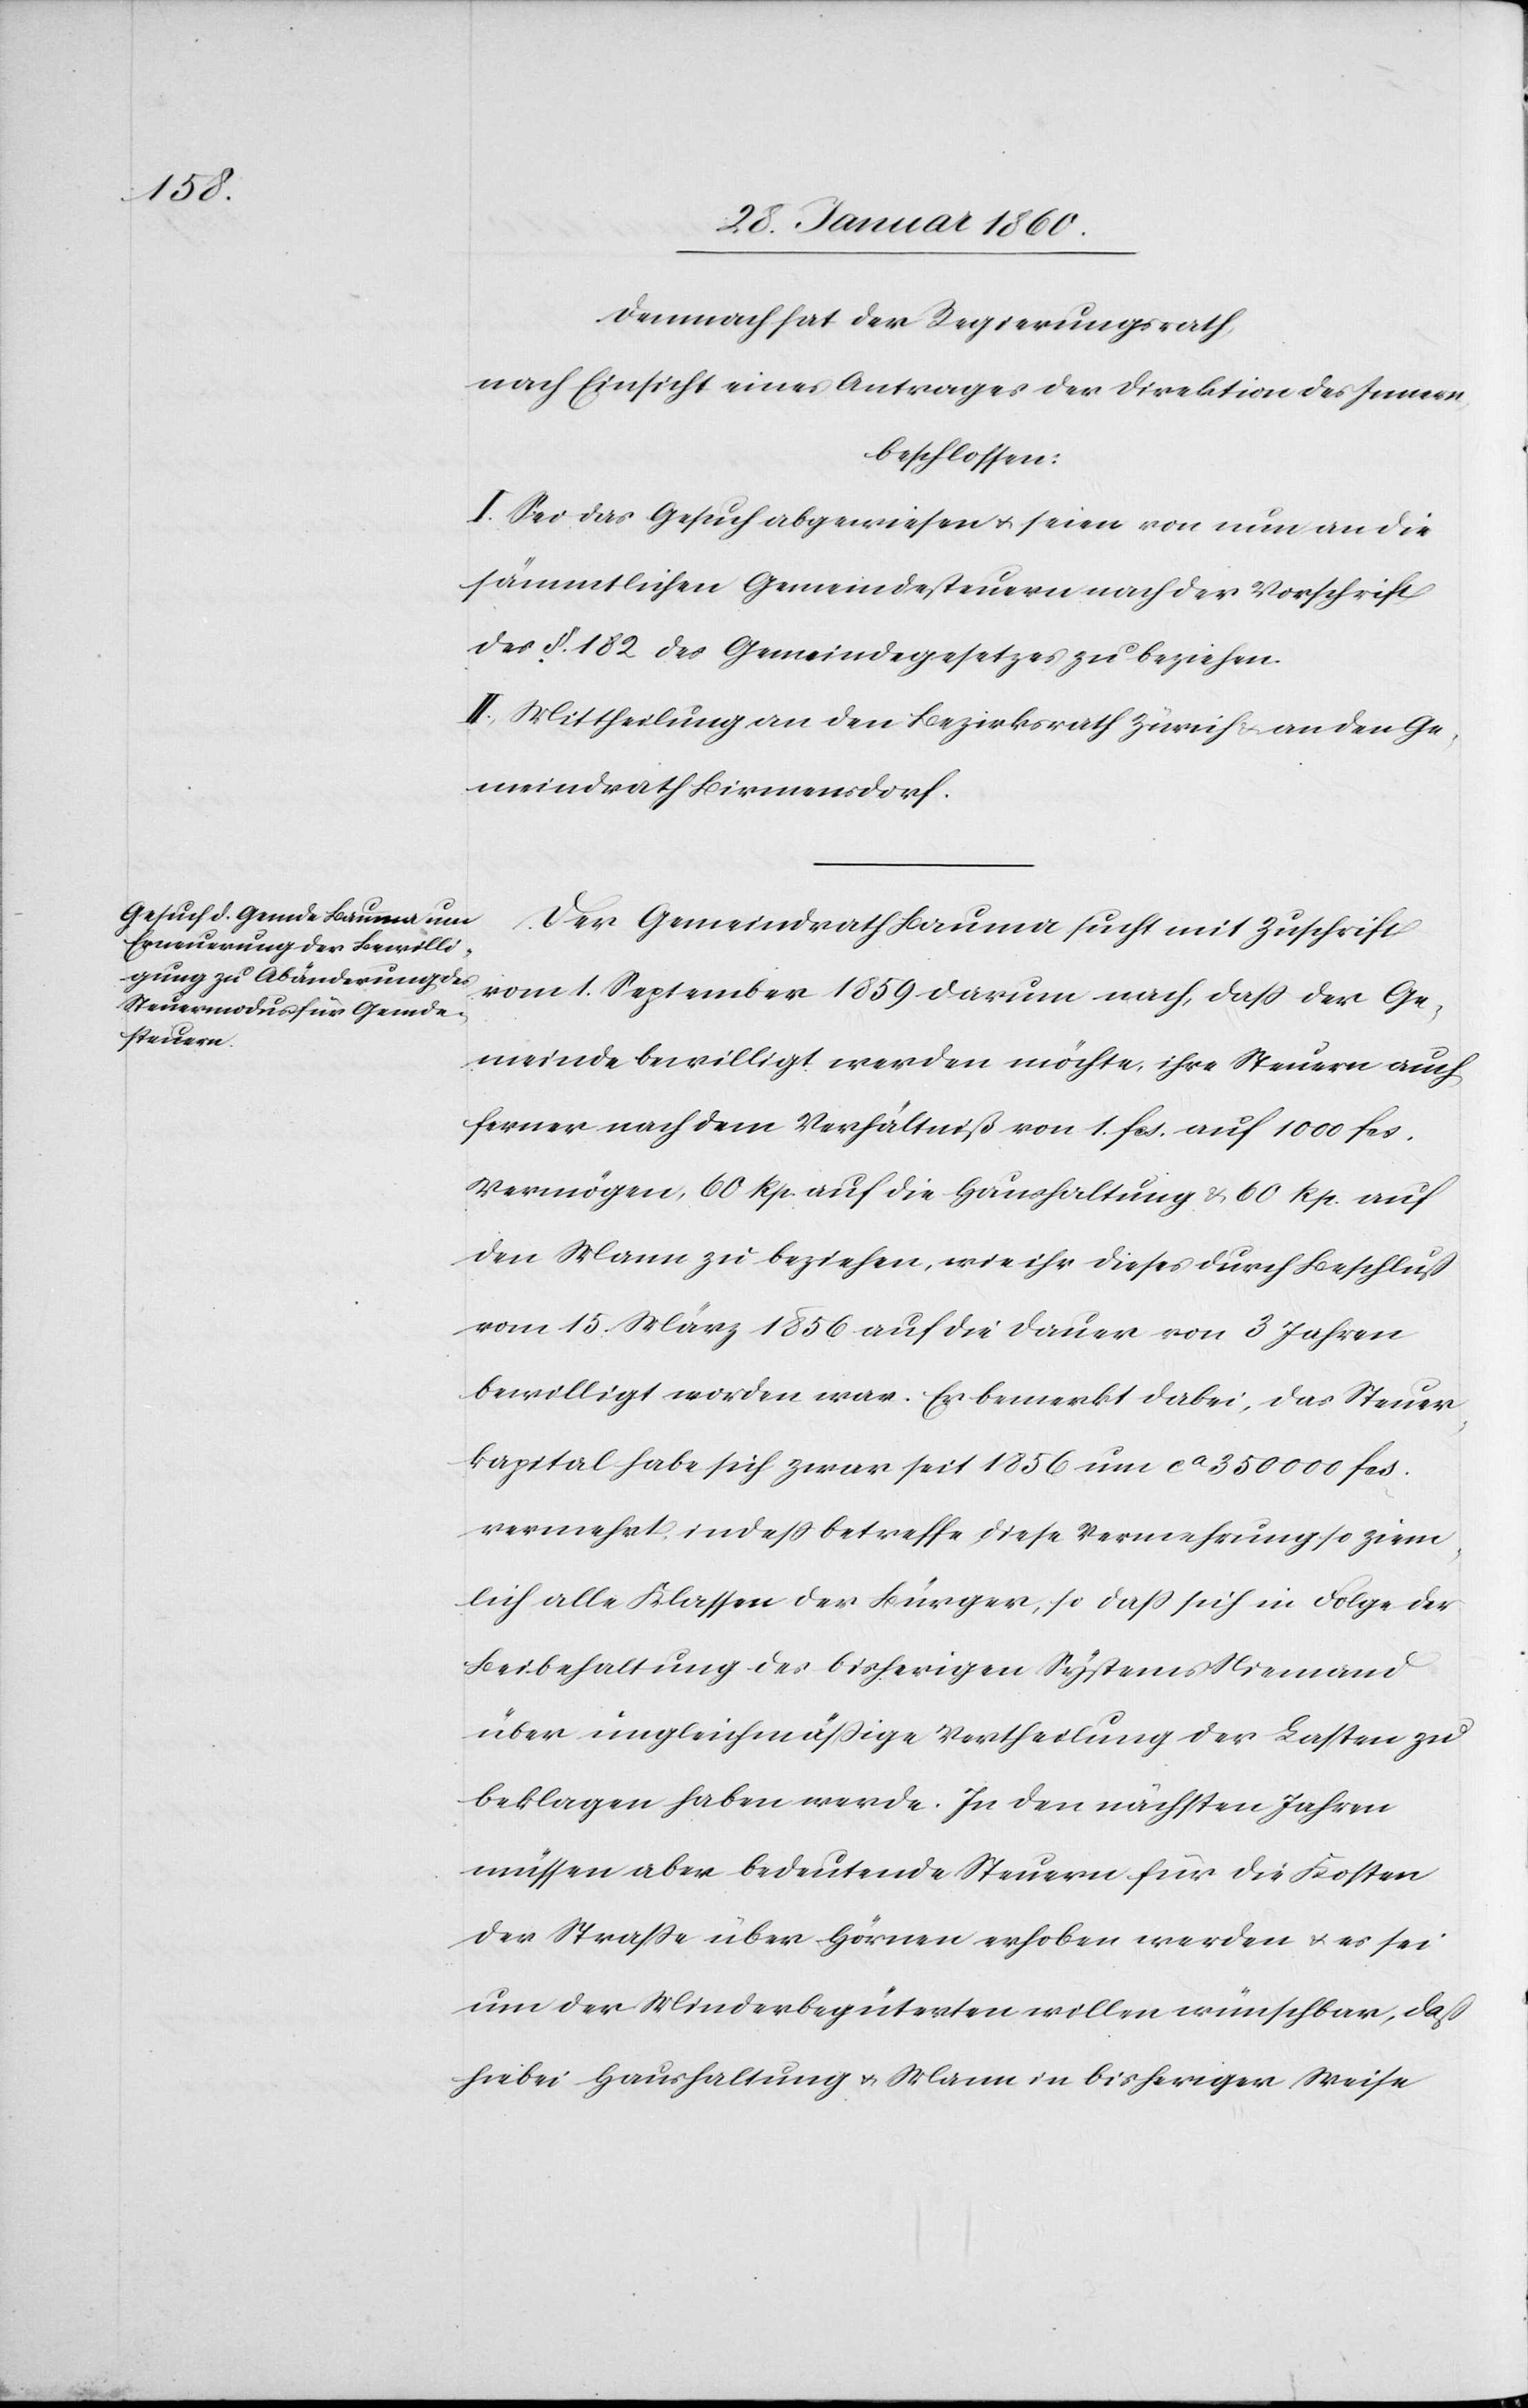
Demnach hat der Regierungsrath,
nach Einsicht eines Antrages der Direktion des Innern,
beschlossen:
I. Sei das Gesuch abgewiesen u. seien von nun an die
sämmtlichen Gemeindesteuern nach der Vorschrift
des §. 182. des Gemeindegesetzes zu beziehen.
II. Mittheilung an den Bezirksrath Zürich u. an den Ge¬
meindrath Birmensdorf.
Der Gemeindrath Bauma sucht mit Zuschrift
vom 1. September 1859 darum nach, dass der Ge¬
meinde bewilligt werden möchte, ihre Steuern auch
ferner nach dem Verhältniß von 1. fcs. auf 1000 fcs.
Vermögen, 60. Rp. auf die Haushaltung u. 60. Rp. auf
den Mann zu beziehen, wie ihr dieses durch Beschluß
vom 15. März 1856 auf die Dauer von 3 Jahren
bewilligt worden war. Er bemerkt dabei, das Steuer¬
kapital habe sich zwar seit 1856 um ca 350 000 fcs.
vermehrt, indess betreffe diese Vermehrung so ziem¬
lich alle Klassen der Bürger, so dass sich in Folge der
Beibehaltung des bisherigen Systems Niemand
über ungleichmässige Vertheilung der Lasten zu
beklagen haben werde. In den nächsten Jahren
müssen aber bedeutende Steuern für die Kosten
der Strasse über Hörnen erhoben werden u. es sei
um der Minderbegüterten willen wünschbar, dass
hiebei Haushaltung u. Mann in bisheriger Weise